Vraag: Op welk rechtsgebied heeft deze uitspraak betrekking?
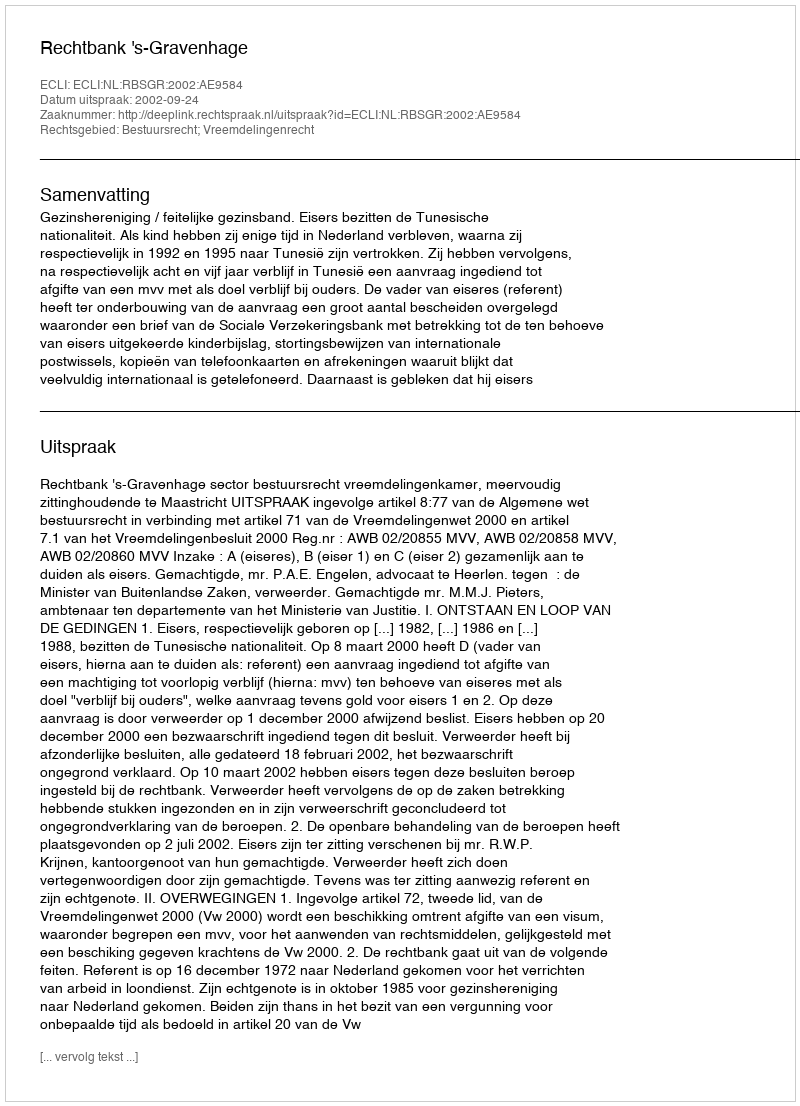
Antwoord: Bestuursrecht; Vreemdelingenrecht